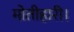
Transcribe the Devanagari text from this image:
मोतीहारी।